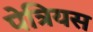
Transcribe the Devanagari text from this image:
पेत्रियस